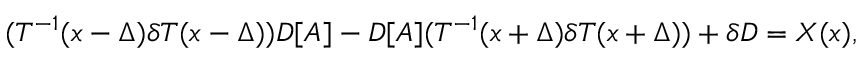
( T ^ { - 1 } ( x - \Delta ) \delta T ( x - \Delta ) ) D [ A ] - D [ A ] ( T ^ { - 1 } ( x + \Delta ) \delta T ( x + \Delta ) ) + \delta D = X ( x ) ,